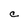
Character: C